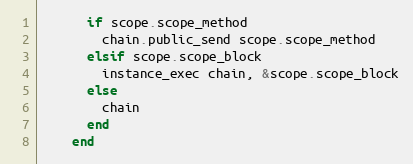
Language: Ruby
      if scope.scope_method
        chain.public_send scope.scope_method
      elsif scope.scope_block
        instance_exec chain, &scope.scope_block
      else
        chain
      end
    end